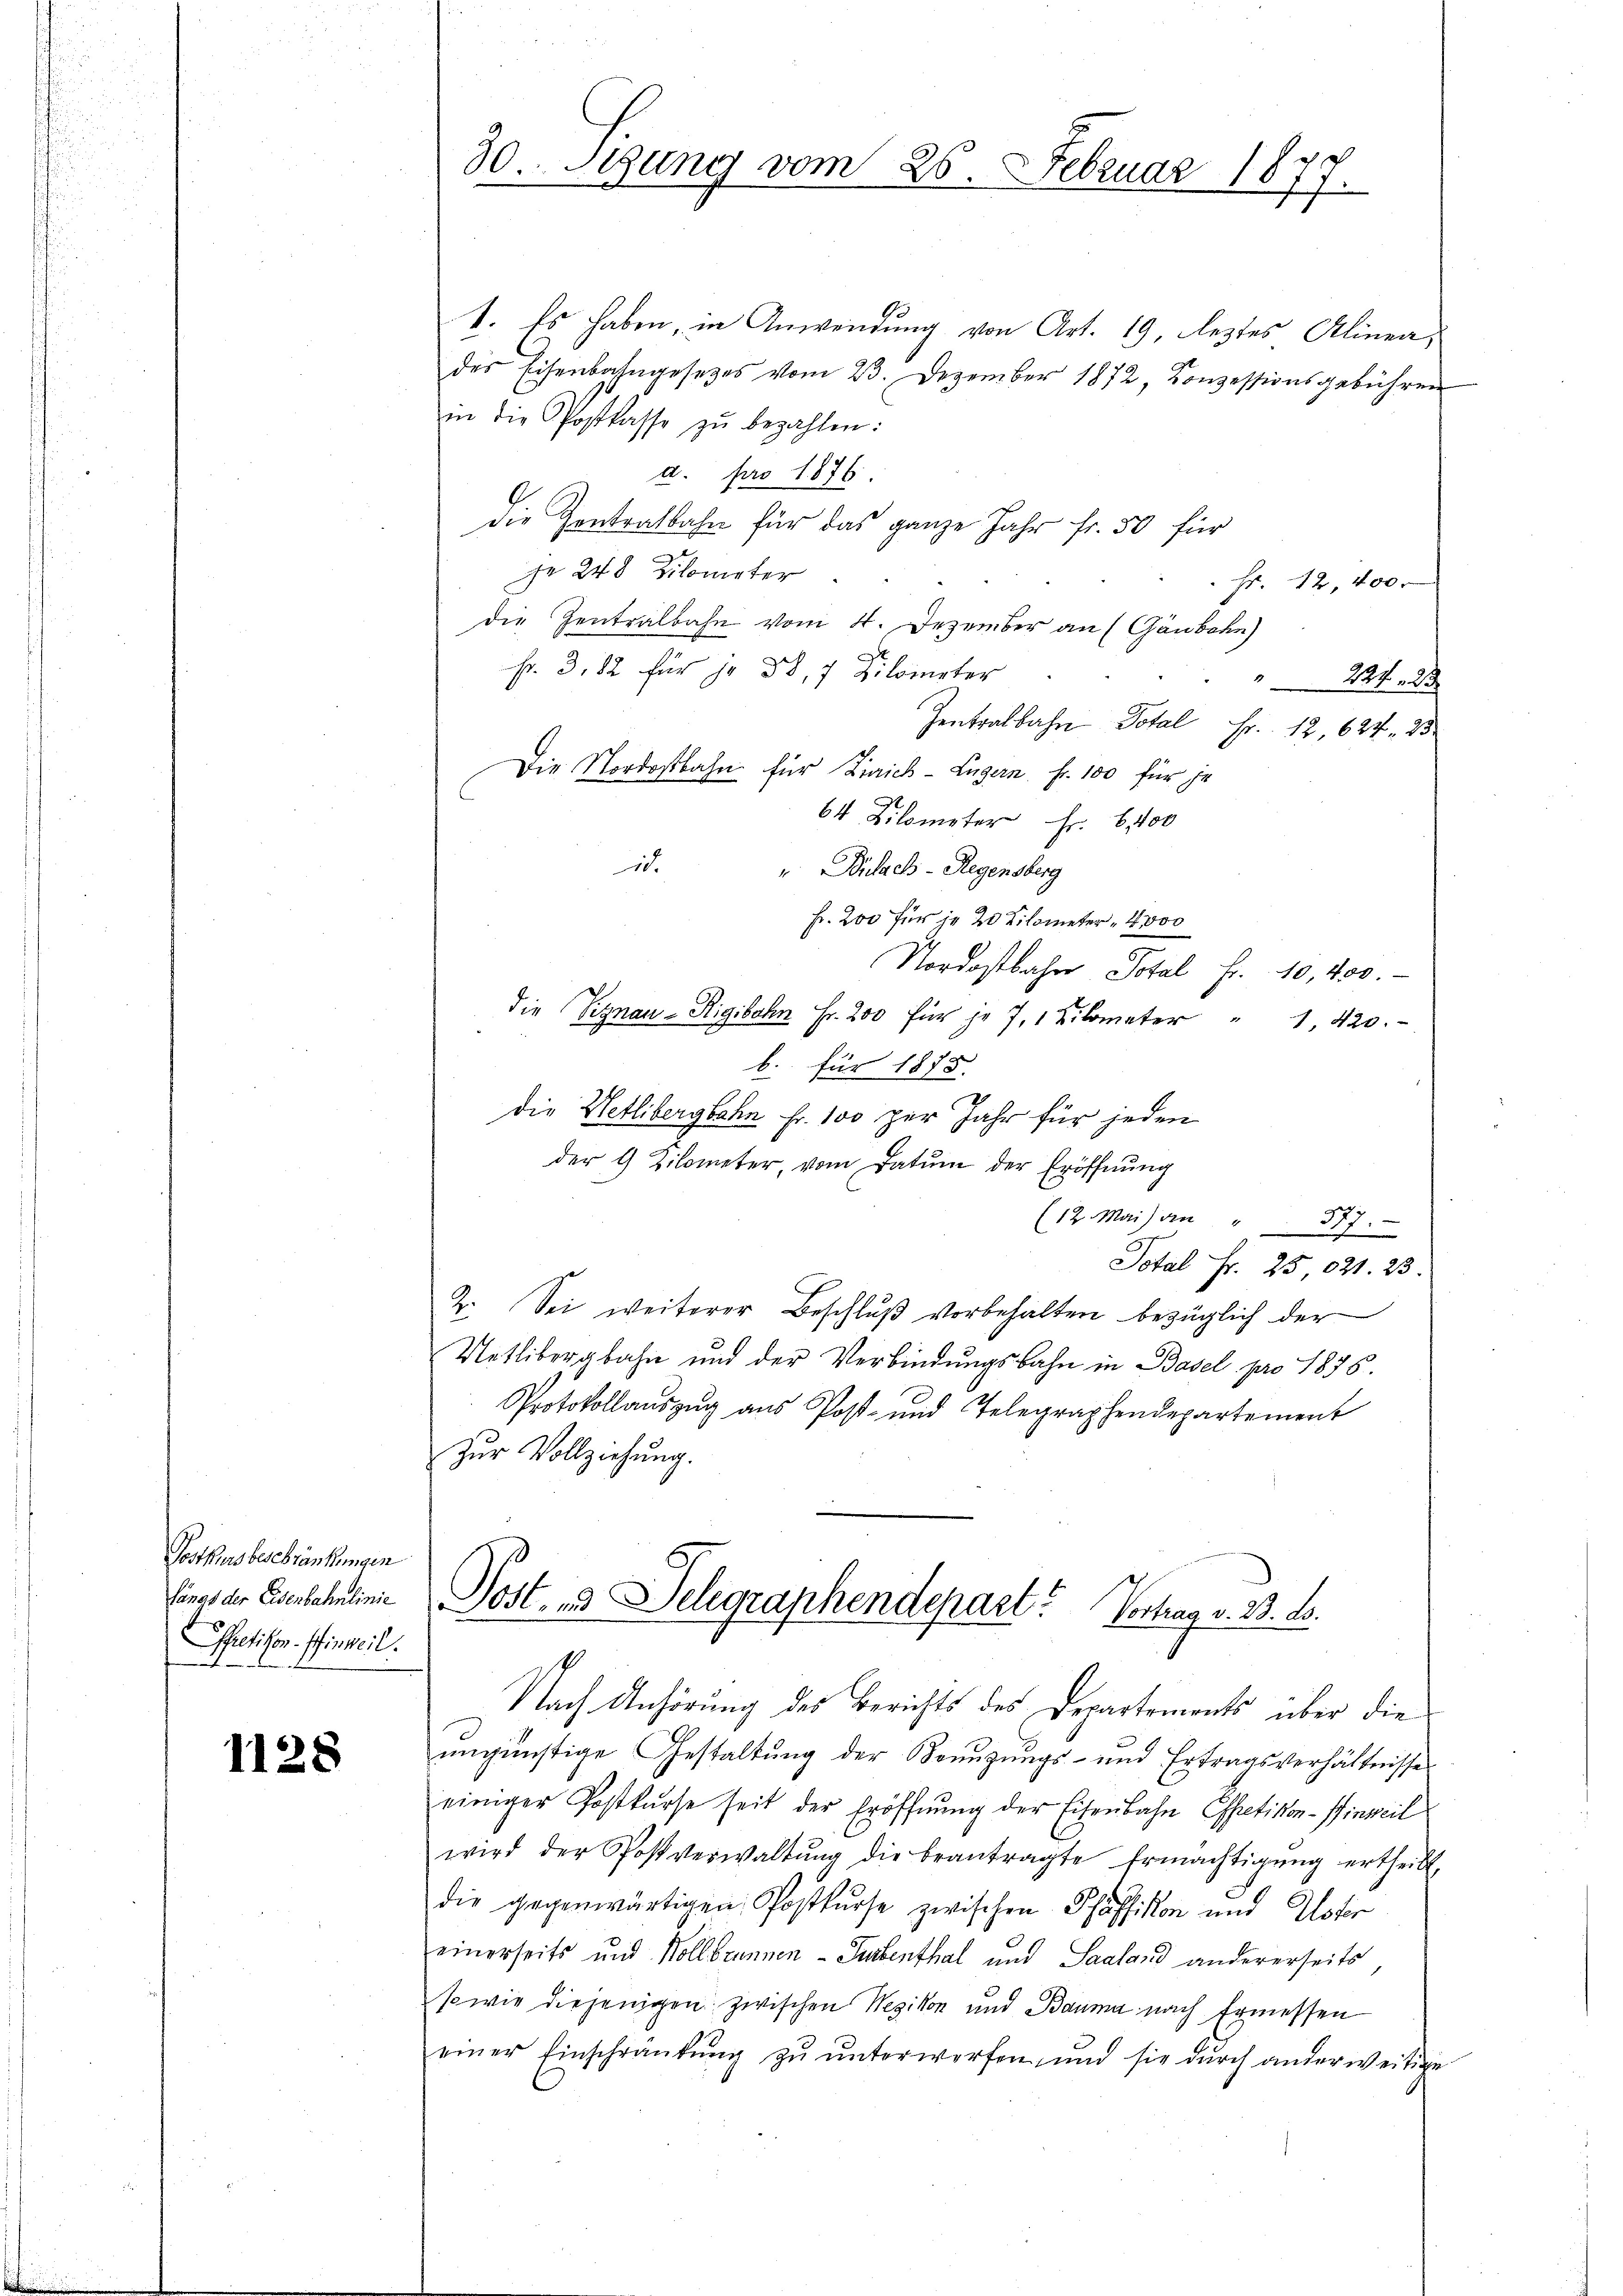
Posthausbeschränkungen
Sanat der Eisenbahnlinie
Spretikon. Pfinweil.

1128

30. Sizung vom 25. Februar 1877.

1. Es haben, in Anwendung von Art. 19, leztes Alinea,
des Eisenbahngesetzes vom 23. Dezember 1872, Conzessionsgebühren
in die Postkasse zŭ bezahlen:
a. pro 1876.
die Zentralbahn für das ganze Jahr fr. 50 für
je 248 Kilometer
Fr. 12,400
Die Zentralbahn vom 4. Dezember an (Gänbahn
fr. 3. 82 für je 38, 7 Kilometer
u
Zentralbahre Total Fr. 12, 624. 25
Die Nordostbahn für Zürich-Lugern fr. 100 für je
64 Kilometer Fr. 6400
id.
u Bülach - Regensberg
Fr. 200 für je 20 Kilometer - 4000
Nordostbahre Total Fr. 10,400.-
die Signau-Rigibahn Fr. 200 für je 7, 1 Kilometer " 1. 420.
b.
für 1878.
die Wetlibergbahn fr. 100 zur Jahr für jeden
der 4 Kilometer, vom Datum der Eröffnŭng
(12. Mai an " 317.
Total Fr. 25 021. 23.
2. Sei weiterer Beschluß vorbehalten bezüglich der
Uetlibergbahn und der Verbindungsbahn in Basel pro 1836.
Protokollaŭszŭg aŭs Post- und Telegraphendepartement
Zur Vollziehung.

Post 3 Delegraphendepart? Vortrag v. 23. ds.
1

Nach Anhörung des Berichts des Departements über die
ungünstige Gestaltung der Benuzungs- und Ertragsverhältnisse
einiger Postkurse seit der Eröffnung der Eisenbahn Effretikon-Pinweil
wird der Postverwaltŭng die beantragte Ermächtigŭng ertheilt,
die gegenwärtigen Postkurse zwischen Pfäffikon und Uster
einerseits und Kollbrunnen-Turbenthal und Saaland andererseits
sowie diejenigen zwischen Wezikon und Bauma nach Ermessen
einer Einschränkŭng zŭ ŭnterworfen und sie dŭrch anderweitige